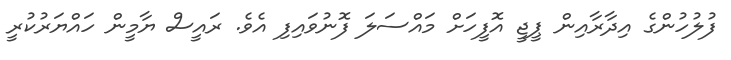
ފުލުހުންގެ އިދާރާއިން ޕީޖީ އޮފީހަށް މައްސަލަ ފޮނުވައިފި އެވެ. ރައީސް ޔާމީން ހައްޔަރުކުރީ